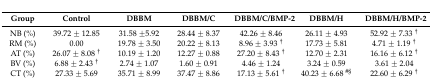
<table><thead><tr><td><b>Group</b></td><td><b>Control</b></td><td><b>DBBM</b></td><td><b>DBBM/C</b></td><td><b>DBBM/C/BMP-2</b></td><td><b>DBBM/H</b></td><td><b>DBBM/H/BMP-2</b></td></tr></thead><tbody><tr><td>NB (%)</td><td>39.72 ± 12.85</td><td>31.58 ±5.92</td><td>28.44 ± 8.37</td><td>42.26 ± 8.46</td><td>26.11 ± 4.93</td><td>52.92 ± 7.33 <sup>†</sup></td></tr><tr><td>RM (%)</td><td>0.00</td><td>19.78 ± 3.50</td><td>20.22 ± 8.13</td><td>8.96 ± 3.93 <sup>†</sup></td><td>17.73 ± 5.81</td><td>4.71 ± 1.19 <sup>†</sup></td></tr><tr><td>AT (%)</td><td>26.07 ± 8.08 <sup>†</sup></td><td>10.19 ± 1.20</td><td>12.27 ± 0.88</td><td>27.20 ± 8.43 <sup>†§</sup></td><td>12.70 ± 2.31</td><td>16.16 ± 6.12 <sup>†</sup></td></tr><tr><td>BV (%)</td><td>6.88 ± 2.43 <sup>†§</sup></td><td>2.74 ± 1.07</td><td>1.60 ± 0.91</td><td>4.46 ± 1.24</td><td>3.24 ± 0.59</td><td>3.61 ± 2.04</td></tr><tr><td>CT (%)</td><td>27.33 ± 5.69</td><td>35.71 ± 8.99</td><td>37.47 ± 8.86</td><td>17.13 ± 5.61 <sup>†</sup></td><td>40.23 ± 6.68 <sup>#§</sup></td><td>22.60 ± 6.29 <sup>†</sup></td></tr></tbody></table>